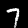
Label: 7